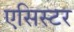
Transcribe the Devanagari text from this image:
एसिस्टर